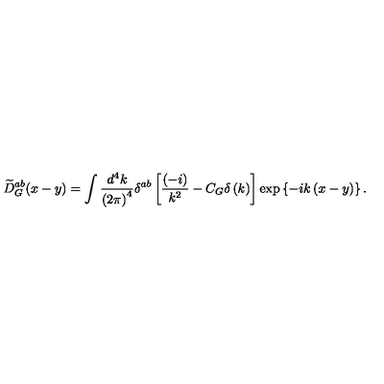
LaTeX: \widetilde { D } _ { G } ^ { a b } ( x - y ) = \int \frac { d ^ { 4 } k } { \left( 2 \pi \right) ^ { 4 } } \delta ^ { a b } \left[ \frac { \left( - i \right) } { k ^ { 2 } } - C _ { G } \delta \left( k \right) \right] \exp \left\{ - i k \left( x - y \right) \right\} .